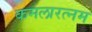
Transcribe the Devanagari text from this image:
कमलारत्नम